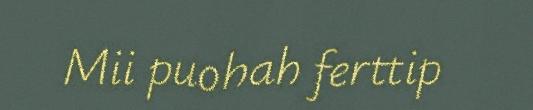
Mii puohah ferttip